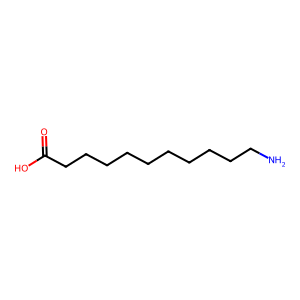
SMILES: NCCCCCCCCCCC(=O)O
Inhibits HIV replication: No